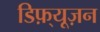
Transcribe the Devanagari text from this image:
डिफ़्यूज़न